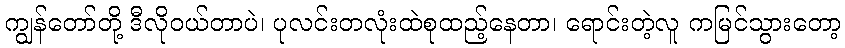
ကျွန်တော်တို့ ဒီလိုဝယ်တာပဲ၊ ပုလင်းတလုံးထဲစုထည့်နေတာ၊ ရောင်းတဲ့လူ ကမြင်သွားတော့